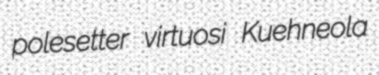
polesetter virtuosi Kuehneola